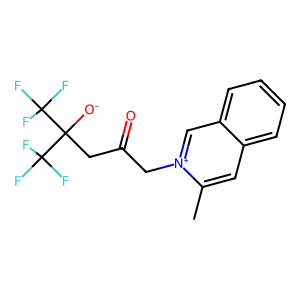
SMILES: Cc1cc2ccccc2c[n+]1CC(=O)CC([O-])(C(F)(F)F)C(F)(F)F
Inhibits HIV replication: No